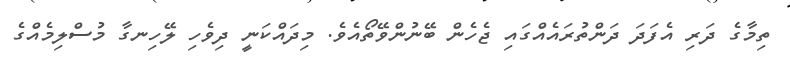
ތިމާގެ ދަރި އެފަދަ ދަންތުރައެއްގައި ޖެހެން ބޭނުންވޭތޯއެވެ. މިދައްކަނީ ދިވެހި ލޭހިނގާ މުސްލިމެއްގެ